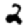
Digit: 2